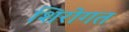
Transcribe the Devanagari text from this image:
शिरोगत